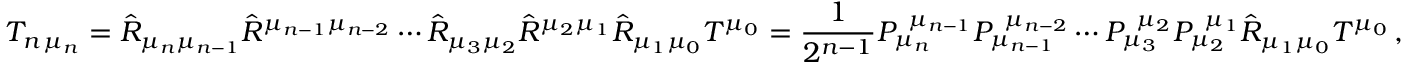
T _ { n \, \mu _ { n } } = \hat { R } _ { \mu _ { n } \mu _ { n - 1 } } \hat { R } ^ { \mu _ { n - 1 } \mu _ { n - 2 } } \cdots \hat { R } _ { \mu _ { 3 } \mu _ { 2 } } \hat { R } ^ { \mu _ { 2 } \mu _ { 1 } } \hat { R } _ { \mu _ { 1 } \mu _ { 0 } } T ^ { \mu _ { 0 } } = \frac { 1 } { 2 ^ { n - 1 } } P _ { \mu _ { n } } ^ { \, \, \, \mu _ { n - 1 } } P _ { \mu _ { n - 1 } } ^ { \, \, \, \mu _ { n - 2 } } \cdots P _ { \mu _ { 3 } } ^ { \, \, \, \mu _ { 2 } } P _ { \mu _ { 2 } } ^ { \, \, \, \mu _ { 1 } } \hat { R } _ { \mu _ { 1 } \mu _ { 0 } } T ^ { \mu _ { 0 } } \, ,